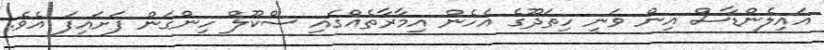
އައިލެންޑާސް އިން ވަނީ ހިތަދޫގެ އެހެން އިމާރާތެއްގައި ސްކޫލް ހިންގަން ފަށައިފަ އެވެ.